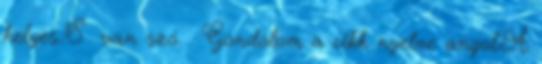
helyes.:S van szó. . Gondolom a cikk nyelve angol.A